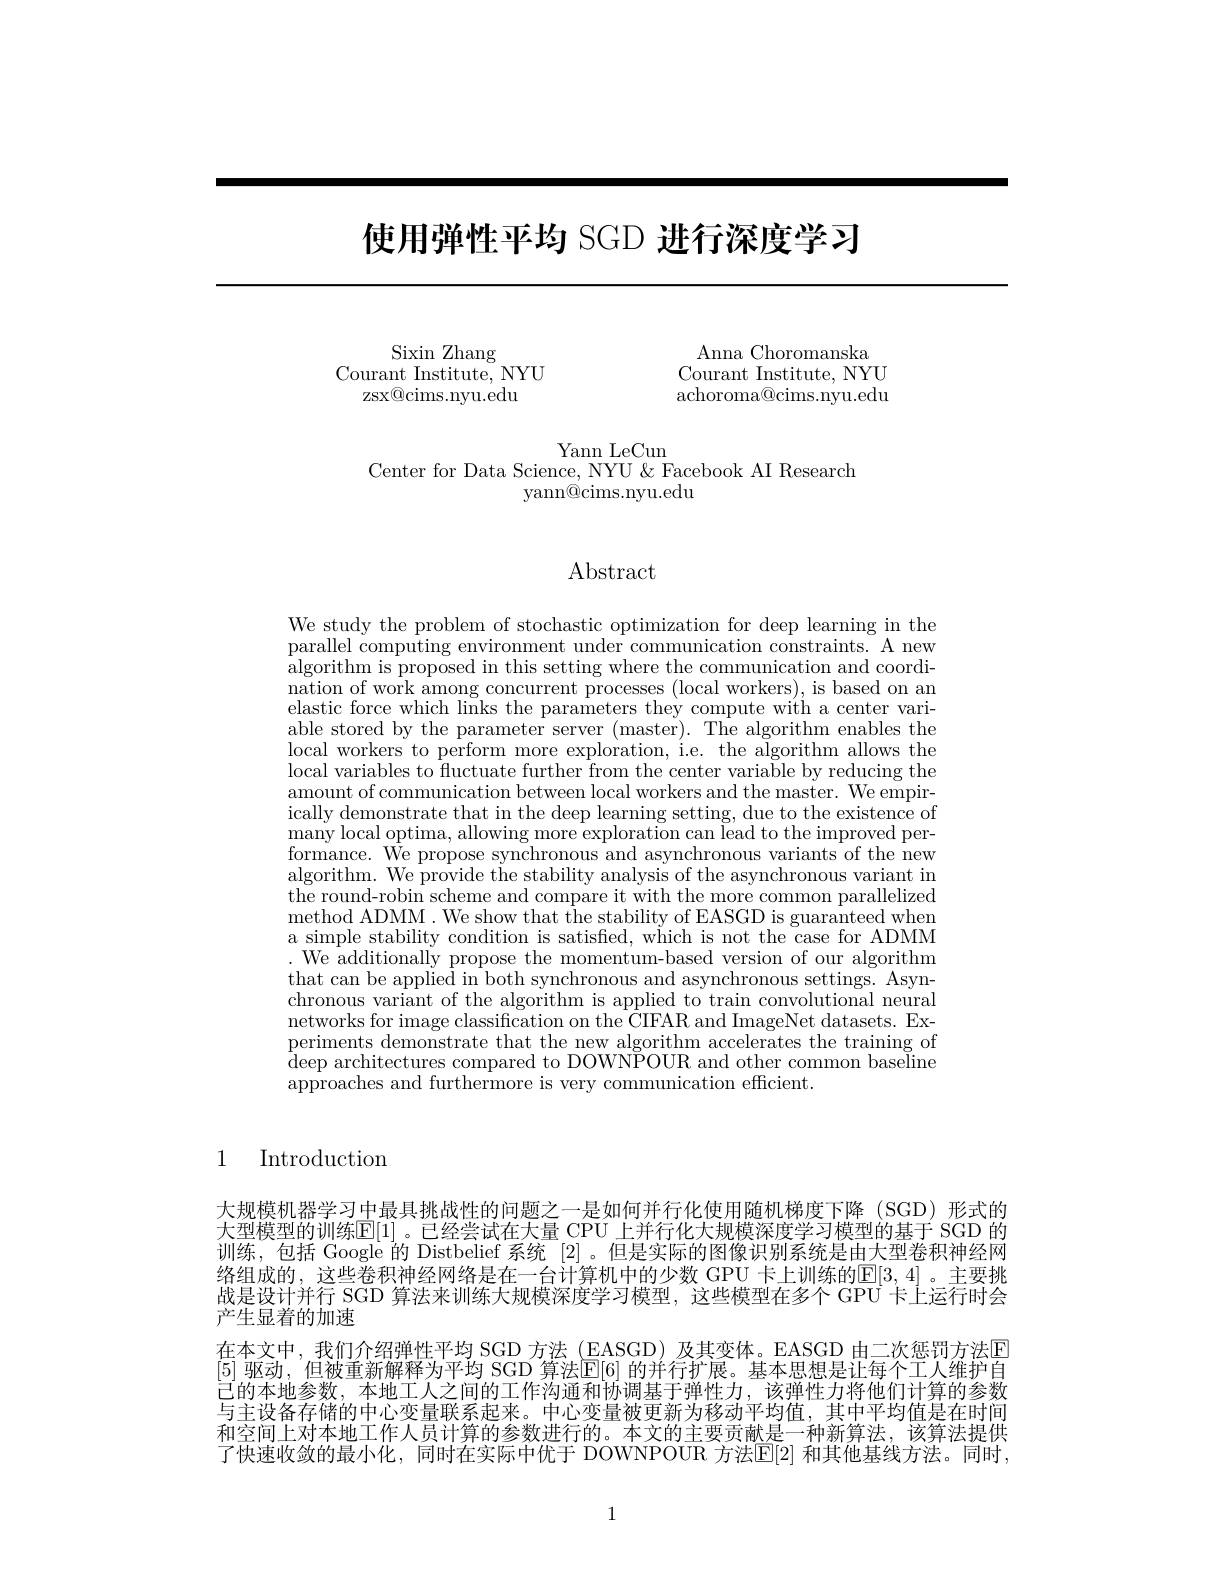
# 使用弹性平均 SGD 进行深度学习

Anna Choromanska Courant Institute, NYU achoroma@cims.nyu.edu

Sixin Zhang
Courant Institute, NYU
zsx@cims.nyu.edu

Yann LeCun
Center for Data Science, NYU &Facebook AI Research
yann@cims.nyu.edu

# Abstract

We study the problem of stochastic optimization for deep learning in the parallel computing environment under communication constraints. A new algorithm is proposed in this setting where the communication and coordi- $\bar{\text{nation of work among concurrent processes (local workers), is based on an}}$ elastic force which links the parameters they compute with a center variable stored by the parameter server (master). The algorithm enables the local workers to perform more exploration, i.e. the algorithm allows the local variables to fluctuate further from the center variable by reducing the amount of communication between local workers and the master. We empirically demonstrate that in the deep learning setting, due to the existence of many local optima, allowing more exploration can lead to the improved performance. We propose synchronous and asynchronous variants of the new algorithm. We provide the stability analysis of the asynchronous variant in the round-robin scheme and compare it with the more common parallelized method ADMM. We show that the stability of EASGD is guaranteed when a simple stability condition is satisfed, which is not the case for ADMM . We additionally propose the momentum-based version of our algorithm that can be applied in both synchronous and asynchronous settings. Asynchronous variant of the algorithm is applied to train convolutional neural networks for image classification on the CIFAR and ImageNet datasets. Experiments demonstrate that the new algorithm accelerates the training of deep architectures compared to DOWNPOUR and other common baseline approaches and furthermore is very communication efficient.

1 Introduction

大规模机器学习中最具挑战性的问题之一是如何并行化使用随机梯度下降(SGD)形式的大型模型的训练$\mathbb{E}[1]$ 。已经尝试在大量 CPU 上并行化大规模深度学习模型的基于 SGD 的训练，包括 Google 的 Distbelief 系统[2] 。但是实际的图像识别系统是由大型卷积神经网络组成的，这些卷积神经网络是在一台计算机中的少数 GPU 卡上训练的$\mathbb{E}[3,4]$ 。主要挑战是设计并行 SGD 算法来训练大规模深度学习模型，这些模型在多个 GPU 卡上运行时会产生显着的加速
在本文中，我们介绍弹性平均 SGD 方法 (EASGD) 及其变体。EASGD 由二次惩罚方法E [5] 驱动，但被重新解释为平均 SGD 算法$\mathbb{E}[6]$ 的并行扩展。基本思想是让每个工人维护自已的本地参数，本地工人之间的工作沟通和协调基于弹性力，该弹性力将他们计算的参数与主设备存储的中心变量联系起来。中心变量被更新为移动平均值，其中平均值是在时间和空间上对本地工作人员计算的参数进行的。本文的主要贡献是一种新算法，该算法提供了快速收敛的最小化，同时在实际中优于 DOWNPOUR 方法$\underline{\mathrm{E}}[2]$ 和其他基线方法。同时，

1